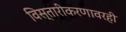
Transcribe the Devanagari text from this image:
विस्तारीकरणावरही